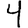
Digit: 4